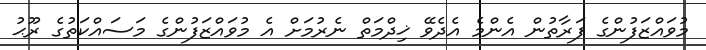
މުވައްޒަފުންގެ ފަރާތުން އެންމެ އެދެވޭ ޚިދްމަތް ނެރުމަށް އެ މުވައްޒަފުންގެ މަސައްކަތުގެ ރޫޙު